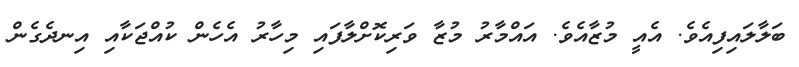
ބަލާލައިފިއެވެ. އެއީ މުޒާއެވެ. އައްމާރު މުޒާ ވަރިކޮށްލާފައި މިހާރު އެހެން ކުއްޖަކާއި އިނދެގެން